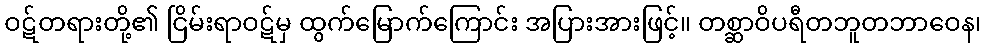
ဝဋ်တရားတို့၏ ငြိမ်းရာဝဋ်မှ ထွက်မြောက်ကြောင်း အပြားအားဖြင့်။ တစ္ဆာဝိပရီတဘူတဘာဝေန၊